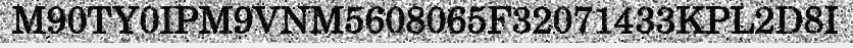
M90TY0IPM9VNM5608065F32071433KPL2D8I